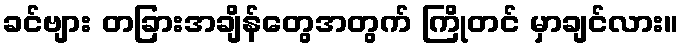
ခင်ဗျား တခြားအချိန်တွေအတွက် ကြိုတင် မှာချင်လား။